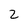
Character: Z